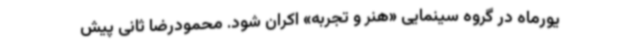
یورماه در گروه سینمایی «هنر و تجربه» اکران شود. محمودرضا ثانی پیش